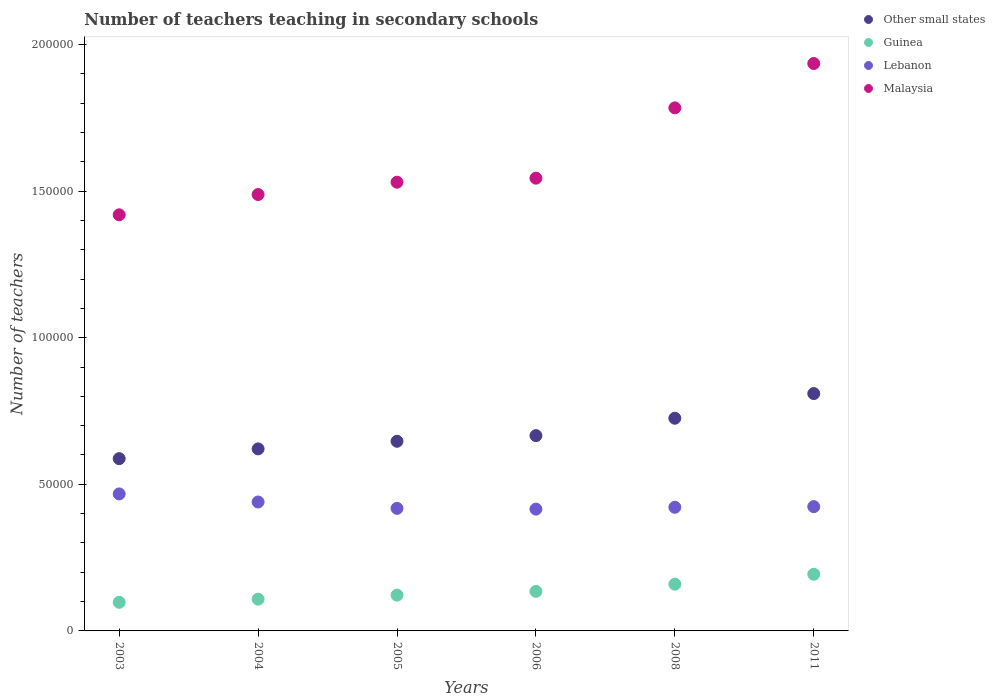
| Years | Other small states | Guinea | Lebanon | Malaysia |
 | --- | --- | --- | --- | --- |
 | 2003 | 5.88e+04 | 9.76e+03 | 4.67e+04 | 1.42e+05 |
 | 2004 | 6.21e+04 | 1.08e+04 | 4.4e+04 | 1.49e+05 |
 | 2005 | 6.47e+04 | 1.22e+04 | 4.18e+04 | 1.53e+05 |
 | 2006 | 6.66e+04 | 1.35e+04 | 4.15e+04 | 1.54e+05 |
 | 2008 | 7.25e+04 | 1.59e+04 | 4.22e+04 | 1.78e+05 |
 | 2011 | 8.09e+04 | 1.93e+04 | 4.24e+04 | 1.94e+05 |